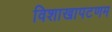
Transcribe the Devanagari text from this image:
विशाखापटणम